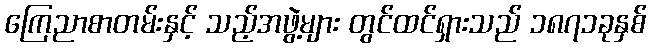
ကြေညာစာတမ်းနှင့် သည့်အဖွဲ့များ တွင်ထင်ရှားသည် ၁၈၇၁ခုနှစ်